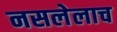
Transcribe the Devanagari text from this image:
नसलेलाच